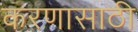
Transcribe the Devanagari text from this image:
करणासाठी